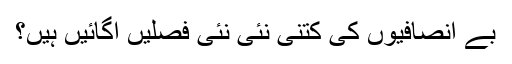
بے اِنصافیوں کی کتنی نئی نئی فصلیں اُگائیں ہیں؟